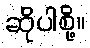
ဆိုပါစို့။